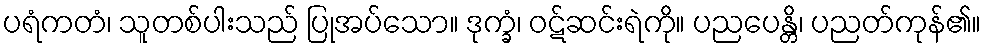
ပရံကတံ၊ သူတစ်ပါးသည် ပြုအပ်သော။ ဒုက္ခံ၊ ဝဋ်ဆင်းရဲကို။ ပညပေန္တိ၊ ပညတ်ကုန်၏။